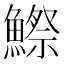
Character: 鰶